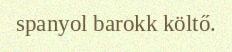
spanyol barokk költő.